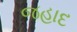
જહાદ